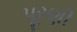
પૂરણી